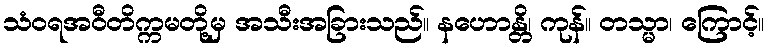
သံဝရအဝီတိက္ကမတို့မှ အသီးအခြားသည်။ နဟောန္တိ၊ ကုန်။ တသ္မာ၊ ကြောင့်။